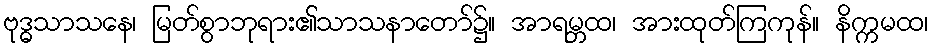
ဗုဒ္ဓသာသနေ၊ မြတ်စွာဘုရား၏သာသနာတော်၌။ အာရမ္ဘထ၊ အားထုတ်ကြကုန်။ နိက္ကမထ၊